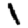
Digit: 1